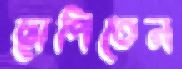
ছাপিতেন